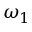
\omega _ { 1 }